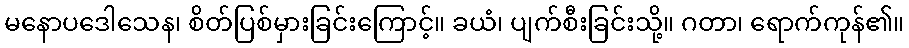
မနောပဒေါသေန၊ စိတ်ပြစ်မှားခြင်းကြောင့်။ ခယံ၊ ပျက်စီးခြင်းသို့။ ဂတာ၊ ရောက်ကုန်၏။